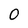
Character: 0